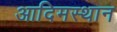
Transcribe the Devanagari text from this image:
आदिमस्थान